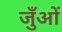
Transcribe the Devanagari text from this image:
जुँओं